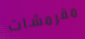
مقرمشات